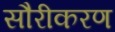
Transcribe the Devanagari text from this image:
सौरीकरण